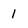
Character: 1